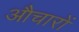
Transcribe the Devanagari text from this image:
औचारों